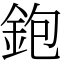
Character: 鉋